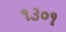
૧૩૦૧